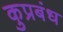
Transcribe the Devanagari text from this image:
कुप्रबंध